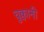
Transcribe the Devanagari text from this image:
चुक्वानी